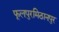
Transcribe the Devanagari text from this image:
फूलपुरमिठानपुर